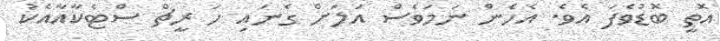
އޮތީ ބޮޑުވެފަ އެވެ. އެހެން ނަމަވެސް އަލަށް ގެނައި ހަ ރީޗް ސްޓެކާއާއެކު